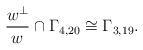
LaTeX: \begin{align*}\frac{w^\perp}{w}\cap\Gamma_{4,20}\cong\Gamma_{3,19}.\end{align*}